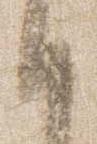
御